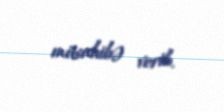
müsahibə verib.